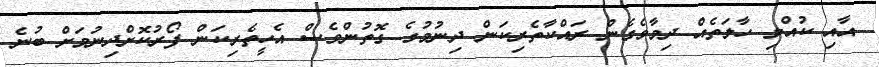
އާއި ކުއްލި ހާލަތެއް ދިމާވެގެން ރައްކާތެރިކަން ދިނުމުގެ ގޮތުންވެސް އެހީތެރިކަން ފޯރުކޮށްދިނުމަށް ބުނެ